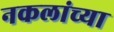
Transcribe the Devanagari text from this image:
नकलांच्या